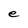
Character: e